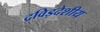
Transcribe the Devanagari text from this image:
द्रविड़देशीय